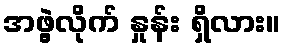
အဖွဲ့လိုက် နှုန်း ရှိလား။